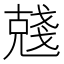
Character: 𠒲